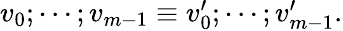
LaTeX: \begin{array}{r}{v_{0};\cdots;v_{m-1}\equiv v_{0}^{\prime};\cdots;v_{m-1}^{\prime}.}\end{array}